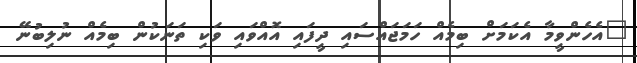
"އެހެންވީމާ އެކަމަށް ބިމެއް ހަމަޖައްސައި ދީފައި އޮއްވައި ވަކި ތަނަކުން ބިމެއް ނުލިބުނޭ